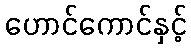
ဟောင်ကောင်နှင့်